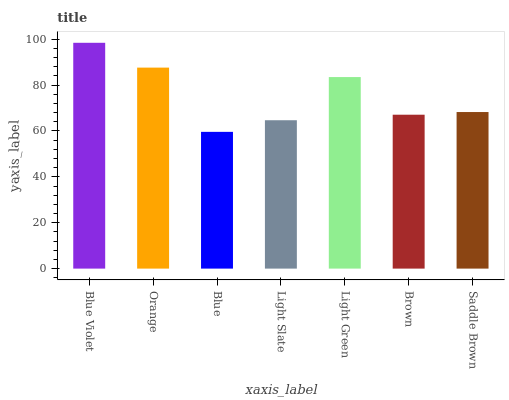
| xaxis_label | bars |
 | --- | --- |
 | Blue Violet | 98.4 |
 | Orange | 87.6 |
 | Blue | 59.6 |
 | Light Slate | 64.7 |
 | Light Green | 83.5 |
 | Brown | 67.1 |
 | Saddle Brown | 68.2 |